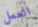
العمل